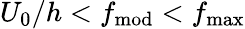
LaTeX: U_{0}/h<f_{\textrm{mod}}<f_{\textrm{max}}